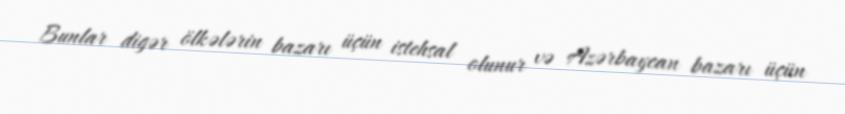
Bunlar digər ölkələrin bazarı üçün istehsal olunur və Azərbaycan bazarı üçün